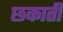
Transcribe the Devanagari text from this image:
छकाती